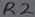
Text: R2